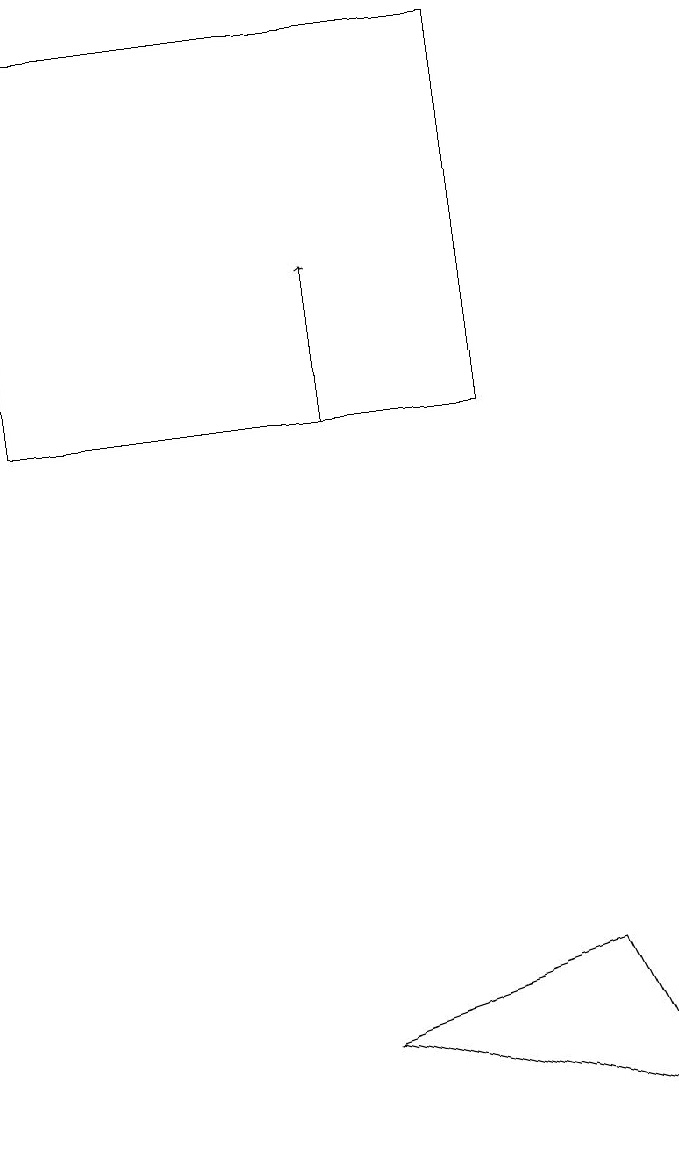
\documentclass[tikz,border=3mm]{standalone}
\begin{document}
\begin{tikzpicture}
\draw (1,12) rectangle (7,17);
\draw (5,4) -- (9,3) -- (8,5) -- cycle;
\draw[->] (5,12) -- (5,14);
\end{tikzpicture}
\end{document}